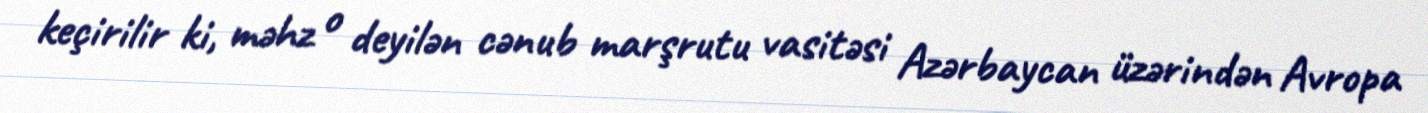
keçirilir ki, məhz o deyilən cənub marşrutu vasitəsi Azərbaycan üzərindən Avropa